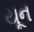
યૂન